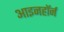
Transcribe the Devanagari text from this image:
आइनहॉर्न